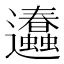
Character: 𨙥